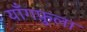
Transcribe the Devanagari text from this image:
याँगफ़ुला